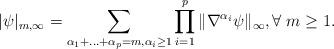
LaTeX: \begin{align*}|\psi|_{m, \infty} = \sum_{\alpha_1 + \ldots + \alpha_p = m, \alpha_i\geq 1} \prod_{i=1}^p \|\nabla^{\alpha_i}\psi\|_\infty, \forall \; m \geq 1.\end{align*}